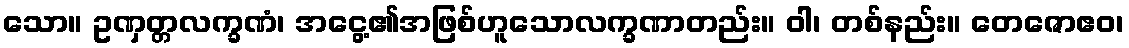
သော။ ဥဏှတ္တလက္ခဏံ၊ အငွေ့၏အဖြစ်ဟူသောလက္ခဏာတည်း။ ဝါ၊ တစ်နည်း။ တေဇောဧဝ၊